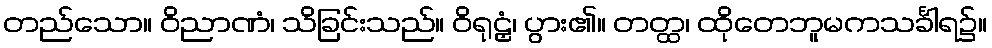
တည်သော။ ဝိညာဏံ၊ သိခြင်းသည်။ ဝိရုဠှံ၊ ပွား၏။ တတ္ထ၊ ထိုတေဘူမကသင်္ခါရ၌။